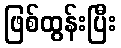
ဖြစ်ထွန်းပြီး